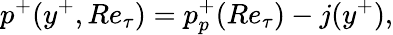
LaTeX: p^{+}(y^{+},Re_{\tau})=p_{p}^{+}(Re_{\tau})-j(y^{+}),